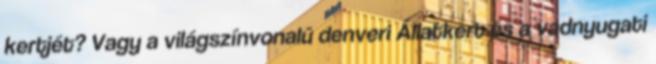
kertjét? Vagy a világszínvonalú denveri Állatkert és a vadnyugati